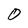
Character: O